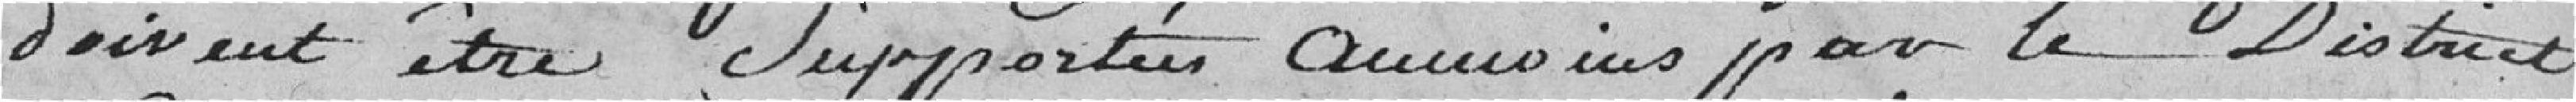
doivent être supportées au moins par le District,